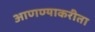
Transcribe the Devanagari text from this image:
आणण्याकरीता